Production of alkali in liquid media by the Bacillus pestis - Number 33
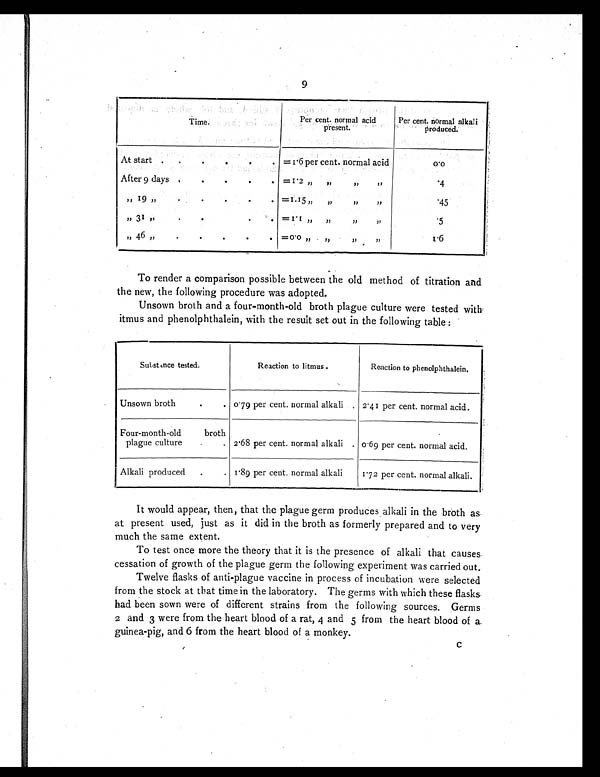
9
Time.
Per cent. normal acid
present.
Per cent. normal alkali
produced.
At start .
.
.
.
.
. = 1.6 per cent. normal acid
0.0
After 9 days .
.
.
.
. = 1.2 „ „ „ „
.4
„ 19 „
.
.
.
.
. =1.15 „ „ „ „
.45
„ 31 „
.
.
.
.
. = 1.1 „ „ „ „
.5
„ 46 „
. .
.
.
. =0.0 „ „ „ „
1.6
To render a comparison possible between the old method of titration and
the new, the following procedure was adopted.
Unsown broth and a four-month-old broth plague culture were tested with
itmus and phenolphthalein, with the result set out in the following table :
S u b s t a n c e t e s t e d .
Reaction to litmus .
Reaction to phenolphthalein.
Unsown broth
.
. 0.79 per cent. normal alkali . 2.41 per cent. normal acid.
Four-month-old broth
plague cultur
.
. 2.68 per cent. normal alkali . 0.69 per cent. normal acid.
Alkali produced
.
. 1.89 per cent. normal alkali
1.72 per cent. normal alkali.
It would appear, then, that the plague germ produces alkali in the broth as
at present used, just as it did in the broth as formerly prepared and to very
much the same extent.
To test once more the theory that it is the presence of alkali that causes
cessation of growth of the plague germ the following experiment was carried out.
Twelve flasks of anti-plague vaccine in process of incubation were selected
from the stock at that time in the laboratory. The germs with which these flasks
had been sown were of different strains from the following sources. Germs
2 and 3 were from the heart blood of a rat, 4 and 5 from the heart blood of a
guinea-pig, and 6 from the heart blood of a monkey.
C